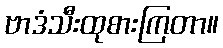
ဗာဒံသီးထုစားကြတာ။